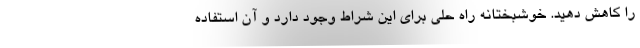
را کاهش دهید. خوشبختانه راه حلی برای این شراط وجود دارد و آن استفاده